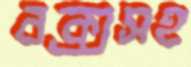
বক্সসহ